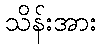
သိန်းအား